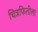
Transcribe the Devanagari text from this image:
चित्रफितीला